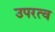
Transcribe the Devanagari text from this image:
उपरत्व